画像に写った文字を読んでください
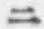
「ニ」と書いてあります